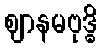
ဈာနမဗုဒ္ဓိ